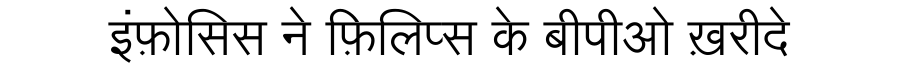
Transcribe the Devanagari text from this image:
इंफ़ोसिस ने फ़िलिप्स के बीपीओ ख़रीदे